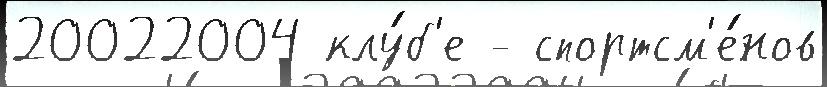
20022004 клу́б'е - спортсм'е́нов